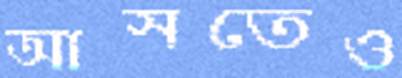
আসতেও